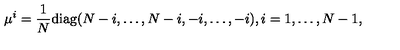
\mu ^ { i } = \frac { 1 } { N } \mathrm { d i a g } ( N - i , \ldots , N - i , - i , \ldots , - i ) , i = 1 , \ldots , N - 1 ,